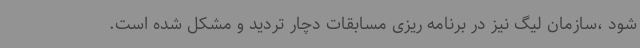
شود ،سازمان لیگ نیز در برنامه ریزی مسابقات دچار تردید و مشکل شده است.